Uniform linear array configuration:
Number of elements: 48
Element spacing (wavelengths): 1
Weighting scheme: binomial
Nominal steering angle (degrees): -30
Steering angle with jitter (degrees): -28.208
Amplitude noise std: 0.05
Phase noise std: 0.05

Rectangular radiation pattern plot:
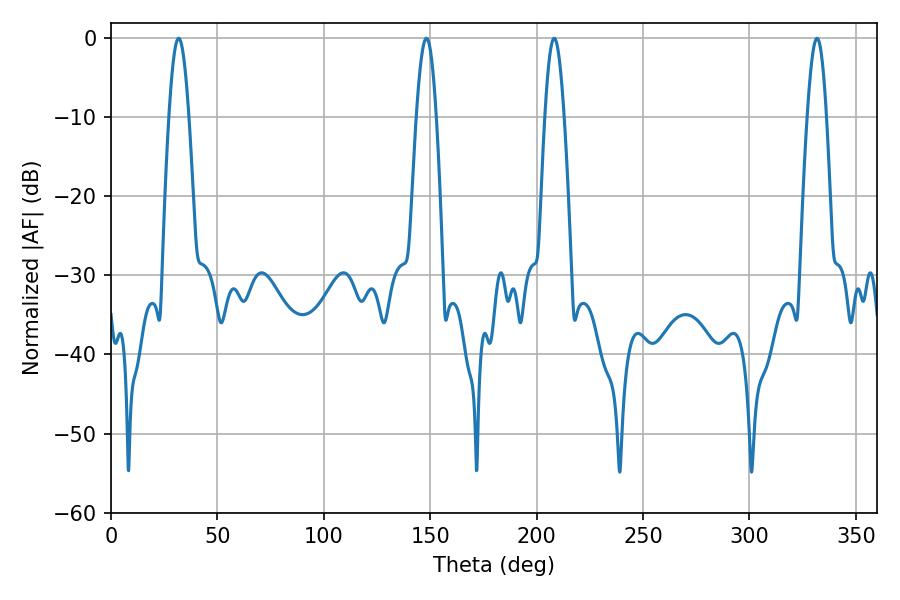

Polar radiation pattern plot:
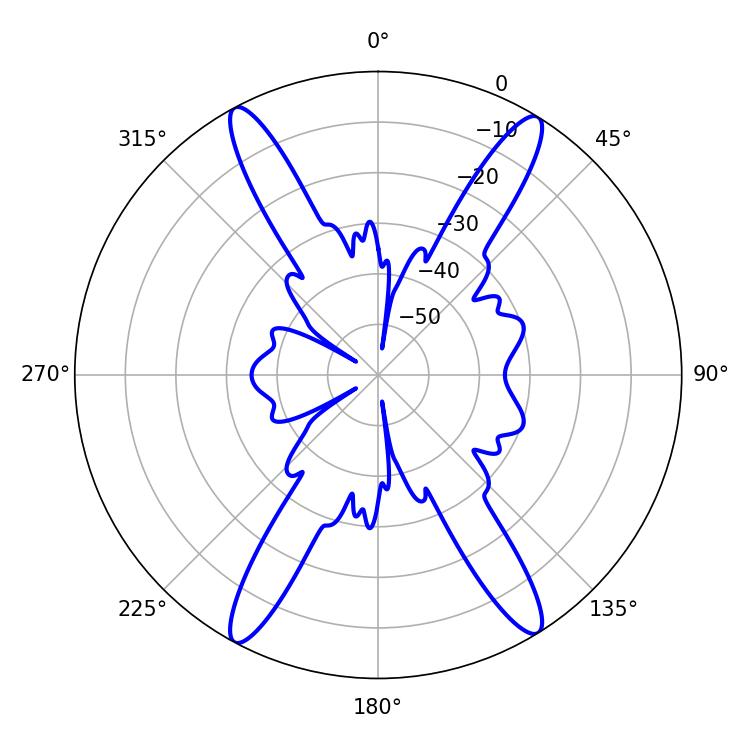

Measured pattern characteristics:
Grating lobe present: TRUE
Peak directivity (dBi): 21.501
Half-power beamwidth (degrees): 4.86
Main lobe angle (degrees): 208.26